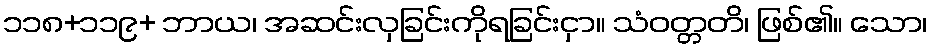
၁၁၈+၁၁၉+ ဘာယ၊ အဆင်းလှခြင်းကိုရခြင်းငှာ။ သံဝတ္တတိ၊ ဖြစ်၏။ သော၊